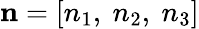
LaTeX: \mathbf{{n}}=[n_{1},~n_{2},~n_{3}]